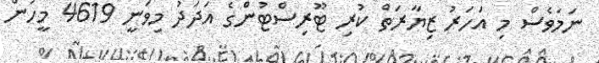
ނަމަވެސް މި އަހަރު ޒިޔާރަތް ކުރި ޓޫރިސްޓުންގެ އަދަދު މިވަނީ 4619 މީހުން